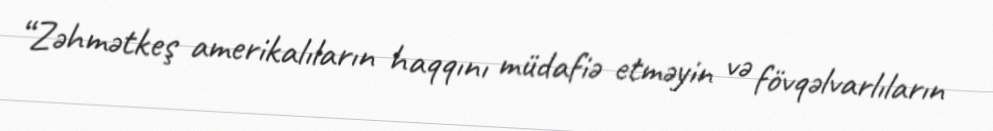
“Zəhmətkeş amerikalıların haqqını müdafiə etməyin və fövqəlvarlıların